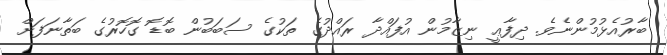
ބާރުއެޅުމުންނެވެ. ދިފާޢީ ނިޒާމުން އުފައްދާ ރައްދުގެ ތަކުގެ ސަބަބުން ބޮޑޮ ގޮހޮރުގެ ބަތާނަފަށް